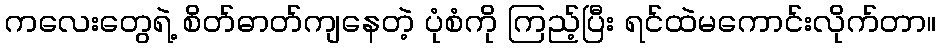
ကလေးတွေရဲ့ စိတ်ဓာတ်ကျနေတဲ့ ပုံစံကို ကြည့်ပြီး ရင်ထဲမကောင်းလိုက်တာ။